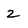
Character: 2